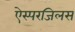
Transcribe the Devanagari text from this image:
ऐस्परजिलस